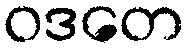
ဝဒတေ